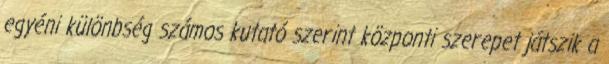
egyéni különbség számos kutató szerint központi szerepet játszik a